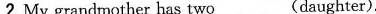
─\underline(she)is my sister.